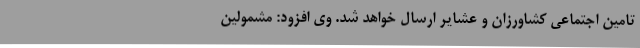
تامین اجتماعی کشاورزان و عشایر ارسال خواهد شد. وی افزود: مشمولین